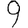
Digit: 9